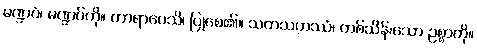
မဏ္ဍပံ၊ မဏ္ဍပ်ကို။ ကာရာပေသိ၊ ပြုစေ၏။ သတသဟဿံ၊ တစ်သိန်းသော ဥစ္စာကို။